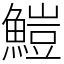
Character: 䱺